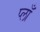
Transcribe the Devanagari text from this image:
प्लाँ